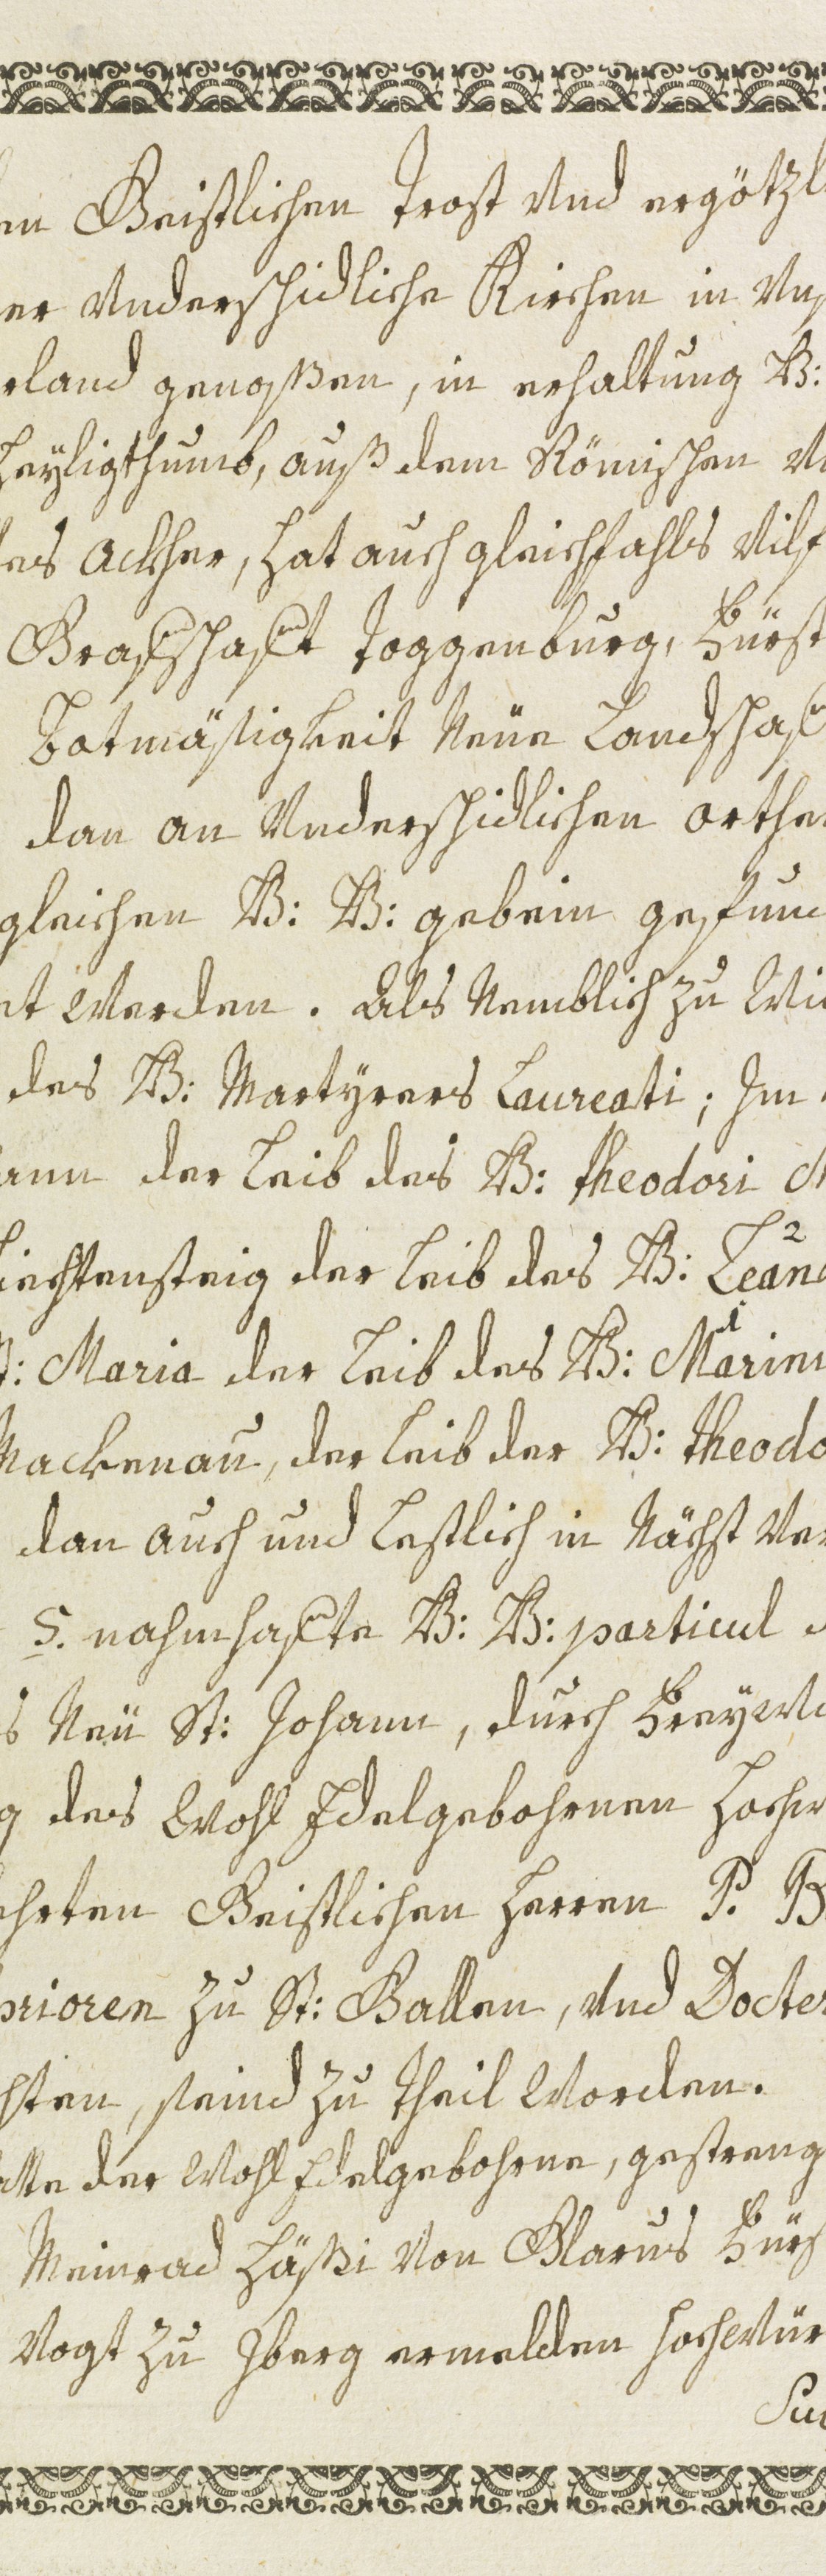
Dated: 1600–1699